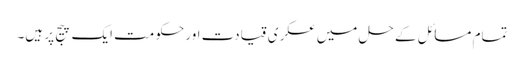
تمام مسائل کے حل میں عسکری قیادت اور حکومت ایک پیج پر ہیں۔